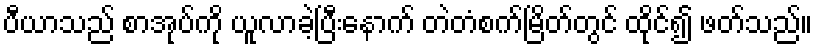
ပီယာသည် စာအုပ်ကို ယူလာခဲ့ပြီးနောက် တဲတံစက်မြိတ်တွင် ထိုင်၍ ဖတ်သည်။